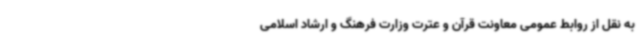
به نقل از روابط عمومی معاونت قرآن و عترت وزارت فرهنگ و ارشاد اسلامی